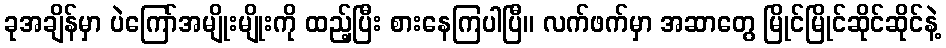
ခုအချိန်မှာ ပဲကြော်အမျိုးမျိုးကို ထည့်ပြီး စားနေကြပါပြီ။ လက်ဖက်မှာ အဆာတွေ မြိုင်မြိုင်ဆိုင်ဆိုင်နဲ့